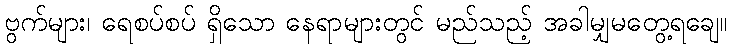
ဗွက်များ၊ ရေစပ်စပ် ရှိသော နေရာများတွင် မည်သည့် အခါမျှမတွေ့ရချေ။